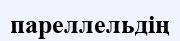
пареллельдің